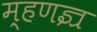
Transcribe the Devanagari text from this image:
म्हणज्र